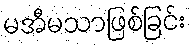
မအီမသာဖြစ်ခြင်း